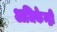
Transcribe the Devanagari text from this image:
अधिकेन्द्री